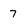
Character: 7